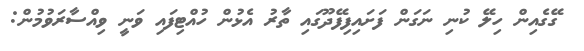
ގޭގެއިން ހިލޭ ކުނި ނަގަން ފަށައިފިފޭދޫގައި ތާރު އެޅުން ހުއްޓިފައި ވަނީ ވިއްސާރަވުމުން: